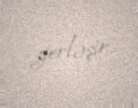
yerləşir.